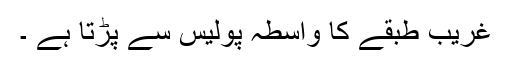
غریب طبقے کا واسطہ پولیس سے پڑتا ہے ۔